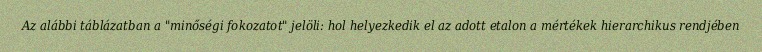
Az alábbi táblázatban a "minőségi fokozatot" jelöli: hol helyezkedik el az adott etalon a mértékek hierarchikus rendjében